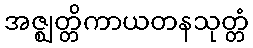
အဇ္ဈတ္တိကာယတနသုတ္တံ